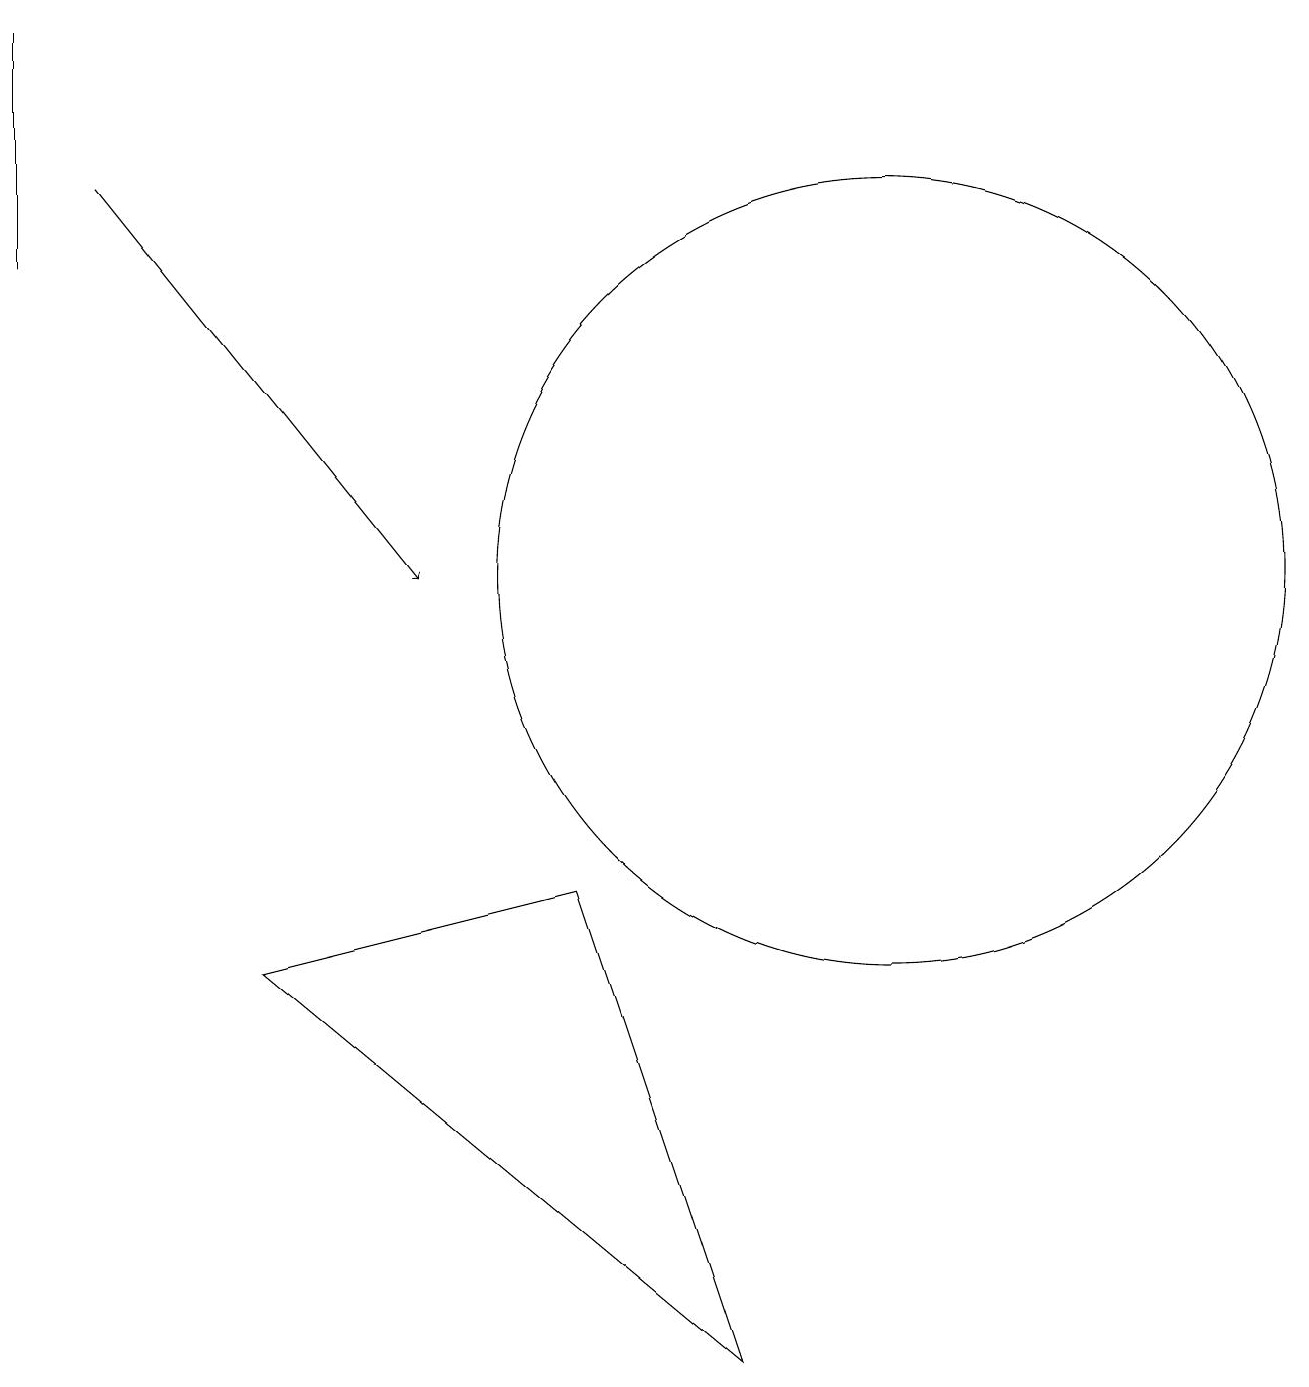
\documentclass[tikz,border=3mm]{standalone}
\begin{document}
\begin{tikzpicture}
\draw (7,6) -- (9,0) -- (3,5) -- cycle;
\draw (12,12) circle (0);
\draw (0,14) rectangle (0,17);
\draw[->] (1,15) -- (5,10);
\draw (12,12) circle (0);
\draw (11,10) circle (5);
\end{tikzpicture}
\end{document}